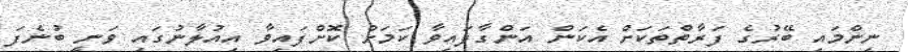
ނިންމައި ބޭރުގެ ފަރާތްތަކަށް އެކަން އަންގާފައިވާ ކަމަށް ކޮށްފައިވާ އިއުލާނުގައި ވަނީ ބުނެފަ